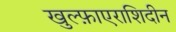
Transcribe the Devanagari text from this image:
खुल्फ़ाएराशिदीन